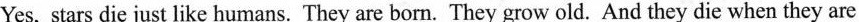
Yes, stars die just like humans. They are born. They grow old. And they die when they are